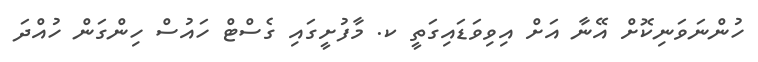
ހުންނަވަނިކޮށް އޭނާ އަށް އިވިވަޑައިގަތީ ކ. މާފުށީގައި ގެސްޓް ހައުސް ހިންގަން ހުއްދަ